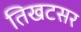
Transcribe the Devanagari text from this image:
तिखटसर